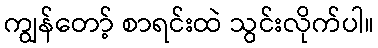
ကျွန်တော့် စာရင်းထဲ သွင်းလိုက်ပါ။